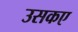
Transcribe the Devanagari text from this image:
उसकए